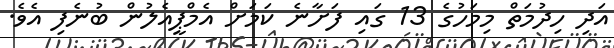
އަދި ހިދުމަތް މިމަހުގެ 13 ގައި ފަށާނެ ކަމަށް އެމްޕީއެލުން ބުނެފި އެވެ.